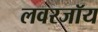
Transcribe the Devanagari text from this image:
लवरजॉय